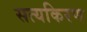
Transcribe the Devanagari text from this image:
सत्यकिरण